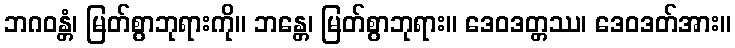
ဘဂဝန္တံ၊ မြတ်စွာဘုရားကို။ ဘန္တေ၊ မြတ်စွာဘုရား။ ဒေဝဒတ္တဿ၊ ဒေဝဒတ်အား။